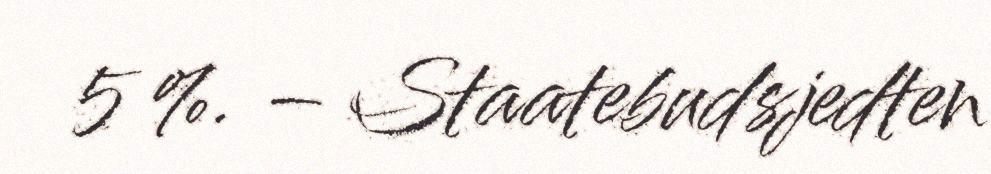
5 %. – Staatebudsjedten